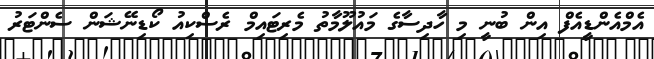
އެމްއެންޑީއެފް އިން ބުނީ މި ހާދިސާގެ މައުލޫމާތު މެރިޓައިމް ރެސްކިއު ކޯޑިނޭޝަން ސެންޓަރު